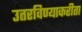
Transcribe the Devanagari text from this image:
उतरविण्याकरीता